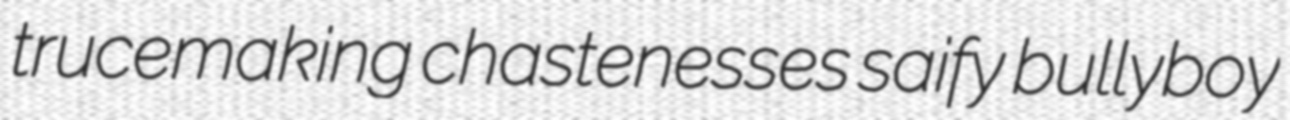
trucemaking chastenesses saify bullyboy